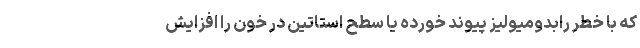
که با خطر رابدومیولیز پیوند خورده یا سطح استاتین در خون را افزایش